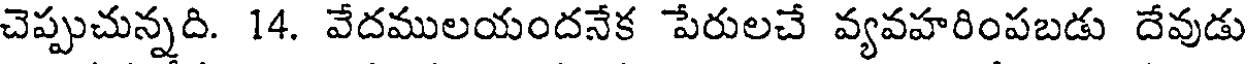
చెప్పుచున్నది. 14. వేదములయందనేక పేరులచే వ్యవహరింపబడు దేవుడు